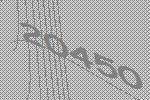
20450